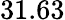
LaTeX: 31.63